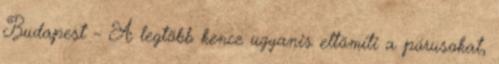
Budapest – A legtöbb kence ugyanis eltömíti a pórusokat,